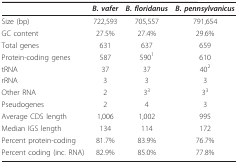
<table><thead><tr><td></td><td><b><i>B. vafer</i></b></td><td><b><i>B. floridanus</i></b></td><td><b><i>B. pennsylvanicus</i></b></td></tr></thead><tbody><tr><td>Size (bp)</td><td>722,593</td><td>705,557</td><td>791,654</td></tr><tr><td>GC content</td><td>27.5%</td><td>27.4%</td><td>29.6%</td></tr><tr><td>Total genes</td><td>631</td><td>637</td><td>659</td></tr><tr><td>Protein-coding genes</td><td>587</td><td>590<sup>1</sup></td><td>610</td></tr><tr><td>tRNA</td><td>37</td><td>37</td><td>40<sup>2</sup></td></tr><tr><td>rRNA</td><td>3</td><td>3</td><td>3</td></tr><tr><td>Other RNA</td><td>2</td><td>3<sup>3</sup></td><td>3<sup>3</sup></td></tr><tr><td>Pseudogenes</td><td>2</td><td>4</td><td>3</td></tr><tr><td>Average CDS length</td><td>1,006</td><td>1,002</td><td>995</td></tr><tr><td>Median IGS length</td><td>134</td><td>114</td><td>172</td></tr><tr><td>Percent protein-coding</td><td>81.7%</td><td>83.9%</td><td>76.7%</td></tr><tr><td>Percent coding (inc. RNA)</td><td>82.9%</td><td>85.0%</td><td>77.8%</td></tr></tbody></table>